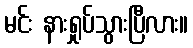
မင်း နားရှုပ်သွားပြီလား။